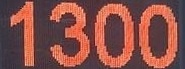
1300